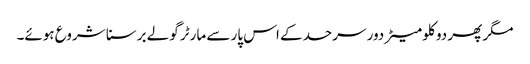
مگر پھر دو کلو میٹر دور سرحد کے اس پار سے مارٹر گولے برسنا شروع ہوئے۔